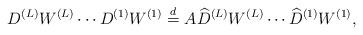
LaTeX: \begin{align*} D^{(L)}W^{(L)}\cdots D^{(1)}W^{(1)}\stackrel{d}{=} A\widehat{D}^{(L)}W^{(L)}\cdots \widehat{D}^{(1)}W^{(1)},\end{align*}